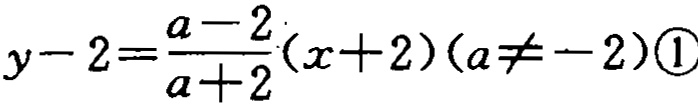
\(y - 2=\frac{a - 2}{a + 2}(x + 2)(a\neq - 2)\textcircled{1}\)